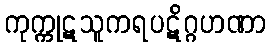
ကုက္ကုဋသူကရပဋိဂ္ဂဟဏာ